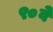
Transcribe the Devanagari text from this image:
९०वे